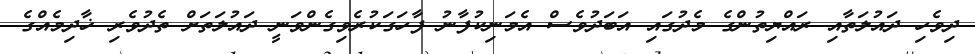
ދިވެހި ދައުލަތާއި ރައްޔިތުންގެ މެދުގައި އަބަދުވެސް އެމަނިކުފާނު ފާހަގަކުރެވިގެންވަނީ ދައުލަތަށް ތެދުވެރި ޚާދިމެއްގެ